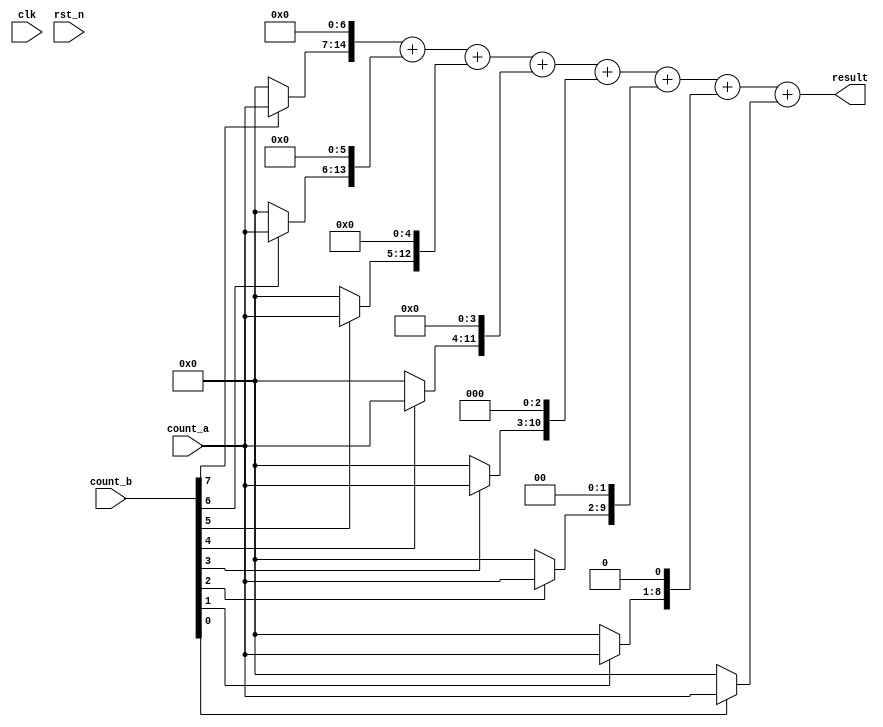
module bits_mul(
input                   clk,
input                   rst_n,
input           [7:0]   count_a,
input           [7:0]   count_b,
output wire     [15:0]  result
);
reg [7:0]       count_t  [0:7];
wire [15:0]      result_t;
assign result[15:0] = result_t[15:0];   
always@(*)begin
        case(count_b[0])
                1'b1:
                        count_t[0][7:0] = count_a[7:0];
                default:
                        count_t[0][7:0] = 8'h00;
                        endcase
        case(count_b[1])
                1'b1:
                        count_t[1][7:0] = count_a[7:0];
                default:
                        count_t[1][7:0] = 8'h00;
                        endcase
        case(count_b[2])
                1'b1:
                        count_t[2][7:0] = count_a[7:0];
                default:
                        count_t[2][7:0] = 8'h00;
                        endcase
        case(count_b[3])
                1'b1:
                        count_t[3][7:0] = count_a[7:0];
                default:
                        count_t[3][7:0] = 8'h00;
                        endcase
        case(count_b[4])
                1'b1:
                        count_t[4][7:0] = count_a[7:0];
                default:
                        count_t[4][7:0] = 8'h00;
                        endcase
        case(count_b[5])
                1'b1:
                        count_t[5][7:0] = count_a[7:0];
                default:
                        count_t[5][7:0] = 8'h00;
                        endcase
        case(count_b[6])
                1'b1:
                        count_t[6][7:0] = count_a[7:0];
                default:
                        count_t[6][7:0] = 8'h00;
                        endcase
        case(count_b[7])
                1'b1:
                        count_t[7][7:0] = count_a[7:0];
                default:
                        count_t[7][7:0] = 8'h00;
                        endcase
end
assign result_t = {count_t[7],7'h0}  + {count_t[6],6'h0} + {count_t[5],5'h0} + {count_t[4],4'h0}
                                                + {count_t[3],3'h0}  + {count_t[2],2'h0}  + {count_t[1],1'h0} + {count_t[0]};
endmodule